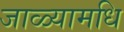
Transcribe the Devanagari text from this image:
जाळ्यामधि